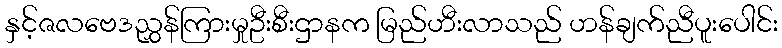
နှင့်ဇလဗေဒညွှန်ကြားမှုဦးစီးဌာနက မြည်ဟီးလာသည် ဟန်ချက်ညီပူးပေါင်း